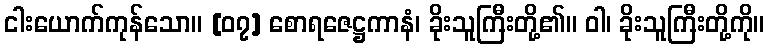
ငါးယောက်ကုန်သော။ [၀၇] စောရဇေဋ္ဌကာနံ၊ ခိုးသူကြီးတို့၏။ ဝါ၊ ခိုးသူကြီးတို့ကို။